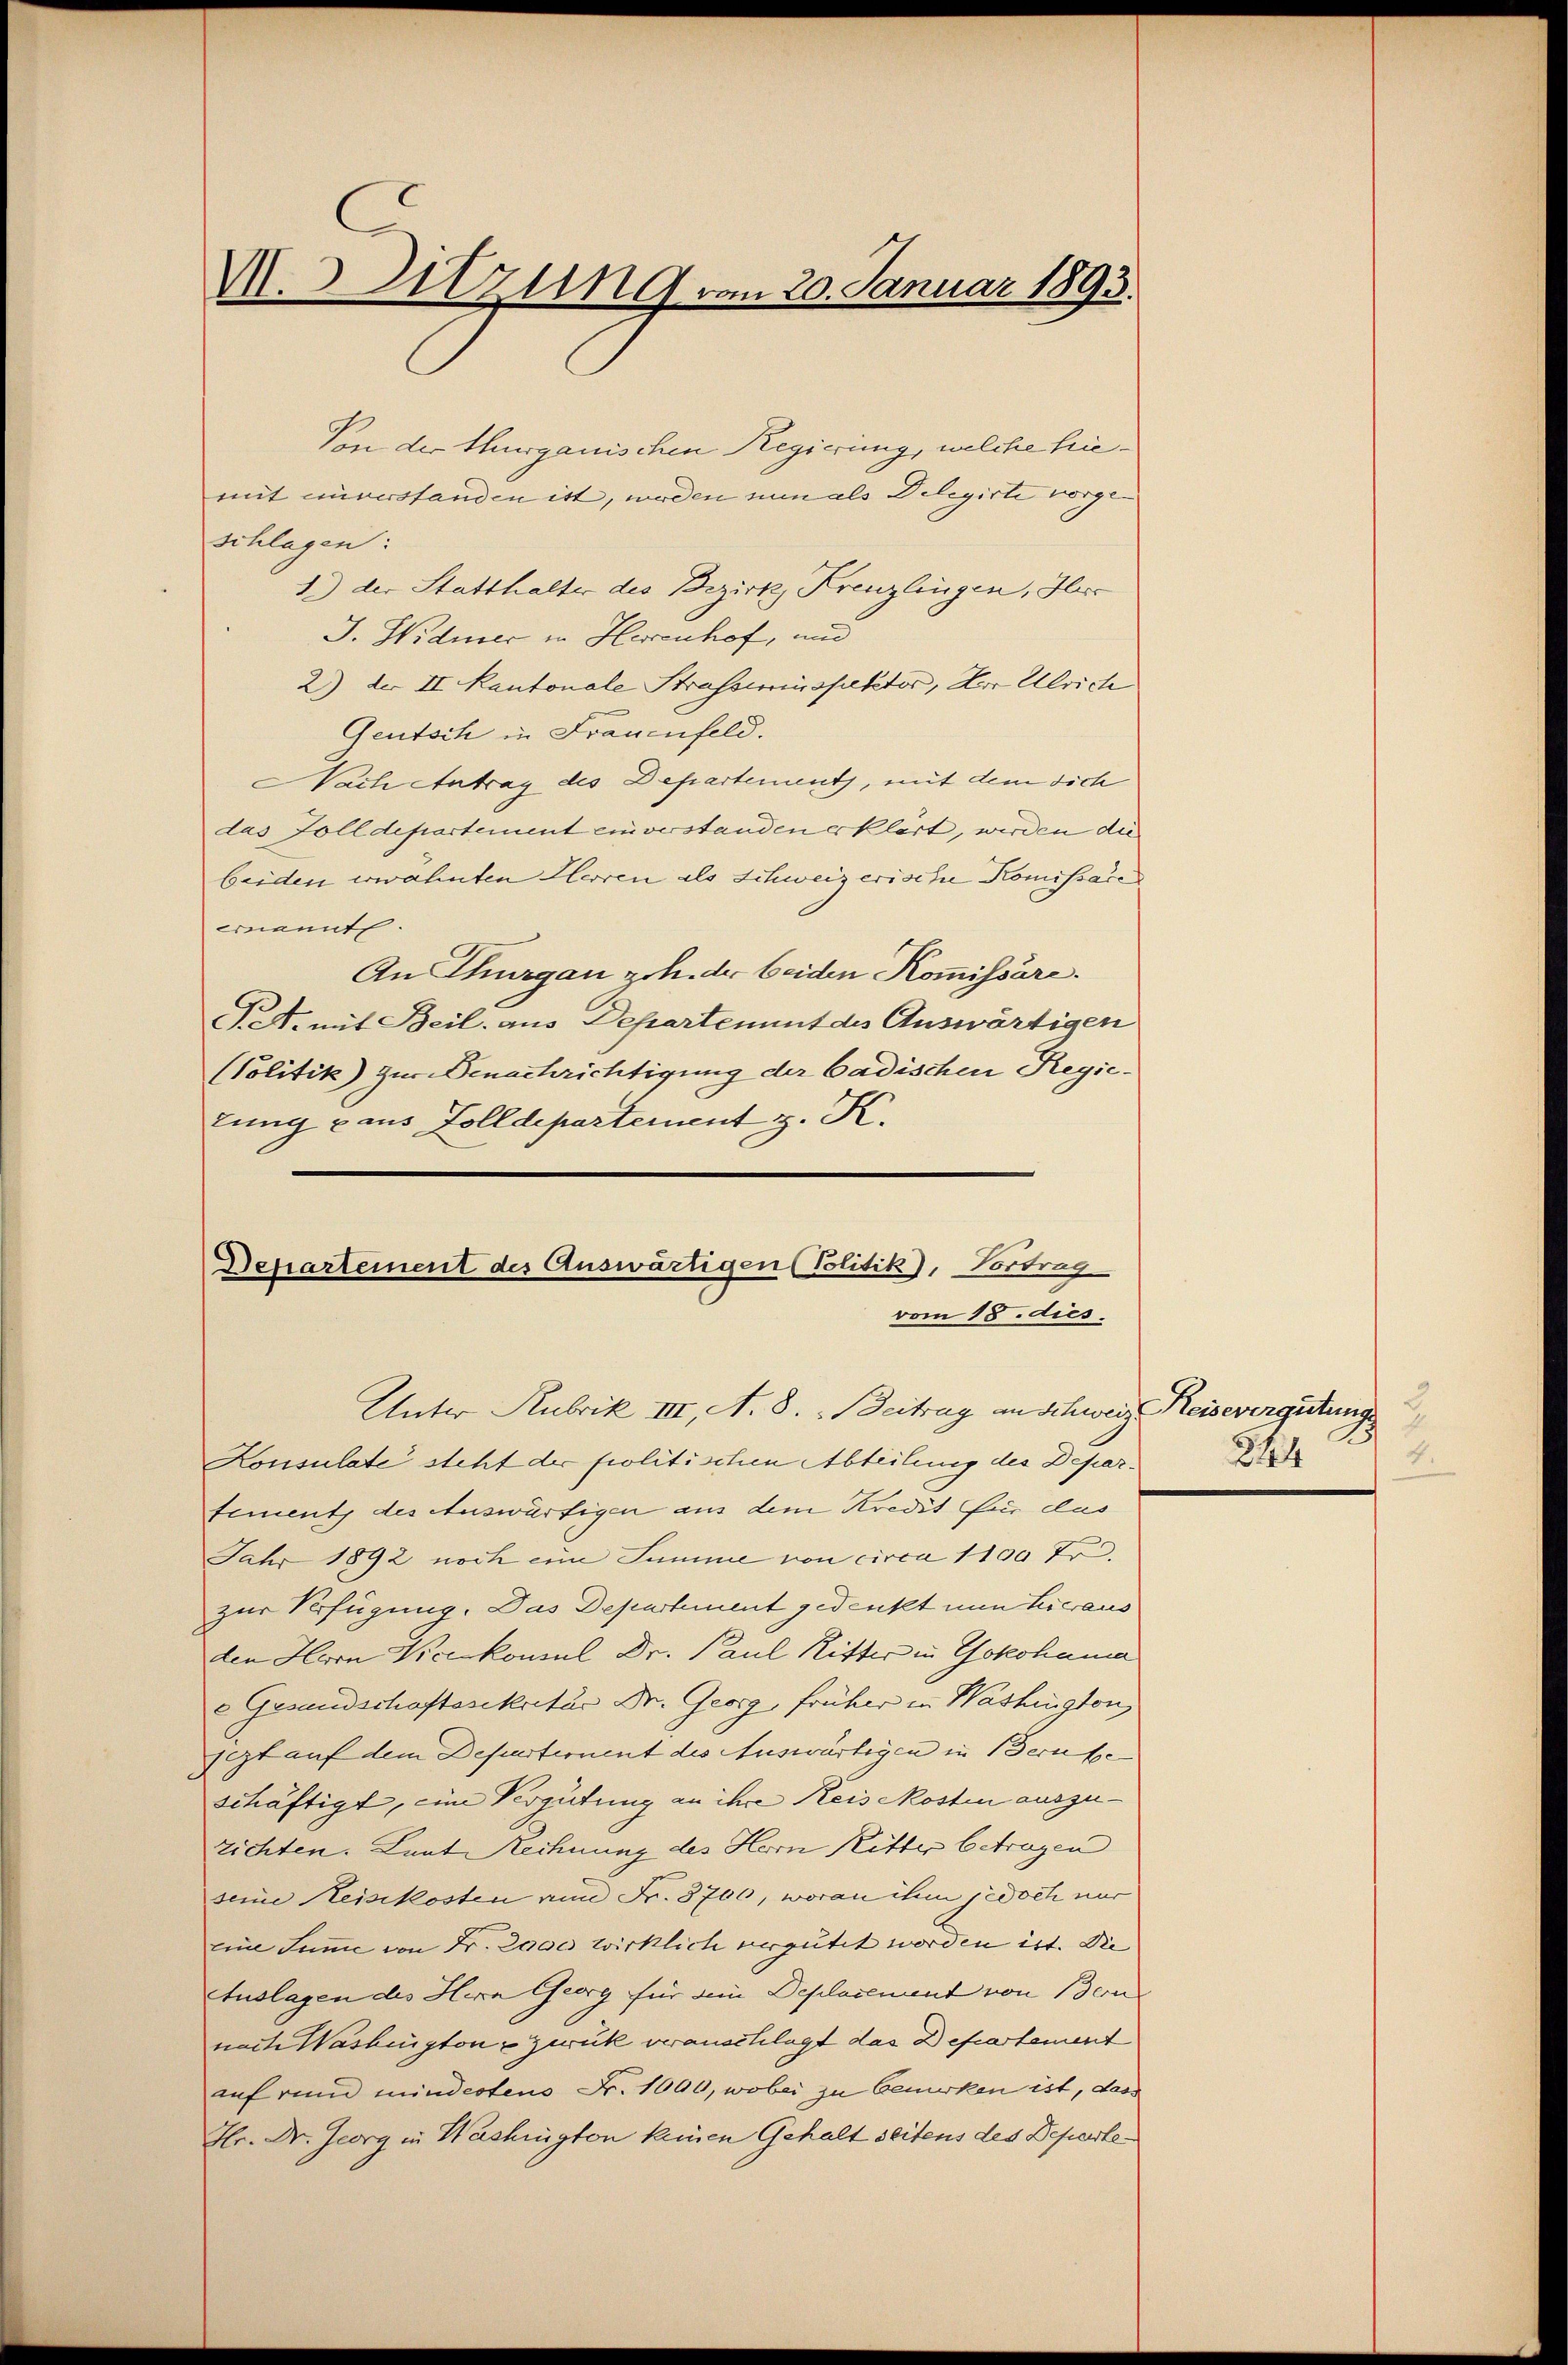
M. Sitzung vom 20. Januar 1893.

Von der Thurgauischen Regierung, welche hiemit einverstanden ist, werden nun als Delegirte vorgeschlagen:
1.) der Statthalter des Bezirk Kreuzlingen, Her
J. Widmer in Herrenhof, und
2) der II Kantonale Strassenspektor, der Ulrich
Gentsch in Frauenfeld.
Nach Antrag des Departements, mit dem dich
das Folldepartement einverstanden erklärt, werden die
beiden erwähnten Herren als Schweizerische Komissares
einvent
An Thurgau zoh. der beiden Kommissäre.
Pet. mit Beil. aus Departement des Auswärtigen
Politik) zur Benachrichtigung der Cadischen Regietung aus Zolldepartement z. K.
Unter Rubrik III, A. 8. Beitrag an Schweiz. Reisevergütungs
Lonsulate steht der politischen Abteilung des Deparfement des Auswärtigen aus dem Kredit für das
Jahr 1892 noch eine Summe von circa 1100 Fr.
zur Verfügung. Das Departement gedenkt nun hieraus
den Horn Kalkonsul Dr. Paul Ritter in Yokohama
e Gesandschaftssekretär Dr. Georg, früher in Washington
sezt auf dem Departionent des Auswärtigen in Berufe
schäftigt, eine Vergütung an ihre Keisekosten auszuzichten. Laut Rechnung des Horn Ritter betragen
seine Reiskosten von Fr. 8706, woran ihm jedoch nur
eine Summe von Fr. 2000 wirklich vergutet worden ist. Die |
Auslagen des Hern Georg für dein Deplacement von Baunach Washington zweck veranschlagt das Departement
auf rund mindestens Fr. 1000, wobei zu bewirken ist, dass
Hr. Dr. Georg in Washington keinen Gehalt seitens des Departe¬

Departement des Auswärtigen (Politik), Vortrag
vom 18. dies

.
2.
844